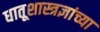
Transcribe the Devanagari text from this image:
धातूशास्त्रज्ञांच्या